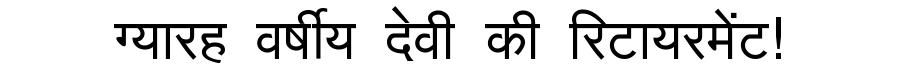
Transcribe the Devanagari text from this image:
ग्यारह वर्षीय देवी की रिटायरमेंट!